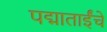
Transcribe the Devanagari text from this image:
पद्माताईंचे